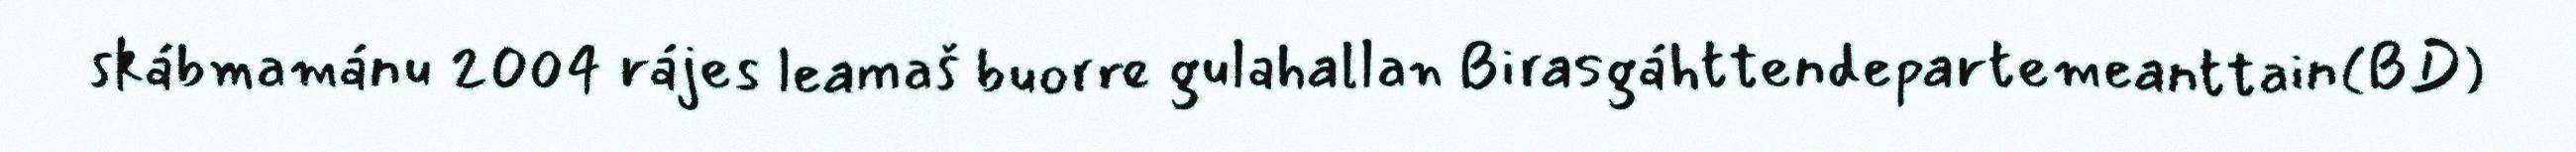
skábmamánu 2004 rájes leamaš buorre gulahallan Birasgáhttendepartemeanttain(BD)